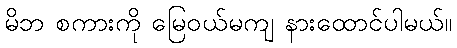
မိဘ စကားကို မြေဝယ်မကျ နားထောင်ပါမယ်။